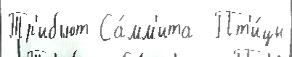
Тр'ибьют Са́мм'ита  Пт'и́цы